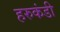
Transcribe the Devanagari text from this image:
हरुकंडी